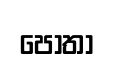
පොතා